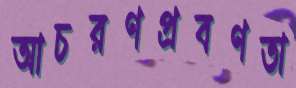
আচরণপ্রবণতা